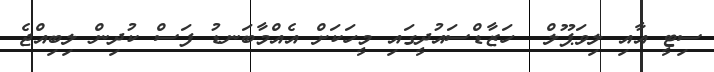
ސިޓީ އާއި ލިވަޕޫލް  ހަޒާޑްސައުދީގައި މީހަކަށް އެއްމާބަނޑު ފަސް ކުދިން ލިބިއްޖެ